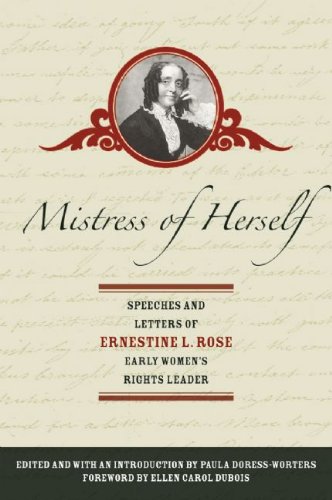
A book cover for Mistress of Herself: Speeches and Letters of Ernestine L. Rose, Early Women's Rights Leader; Ernestine L. Rose; Literature & Fiction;